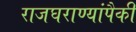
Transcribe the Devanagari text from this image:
राजघराण्यांपैकी